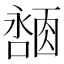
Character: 𪢓